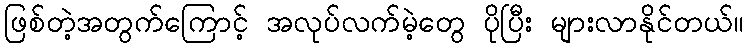
ဖြစ်တဲ့အတွက်ကြောင့် အလုပ်လက်မဲ့တွေ ပိုပြီး များလာနိုင်တယ်။